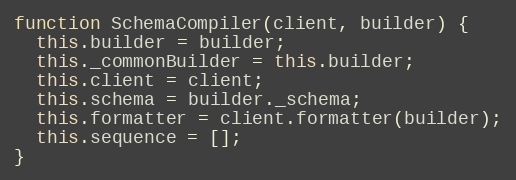
Language: JavaScript
function SchemaCompiler(client, builder) {
  this.builder = builder;
  this._commonBuilder = this.builder;
  this.client = client;
  this.schema = builder._schema;
  this.formatter = client.formatter(builder);
  this.sequence = [];
}